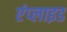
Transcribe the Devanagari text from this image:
एंप्‍लाइड